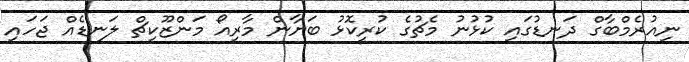
ނިއުރެމްބާގް ދަނޑުގައި ކުޅުނު މެޗުގެ ކުރީކޮޅު ބަޔާން މާރިއޯ މަންޒޫކިޗް ލަނޑެއް ޖަހައި